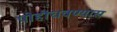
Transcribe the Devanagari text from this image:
पोहोचवण्यास